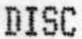
DISC